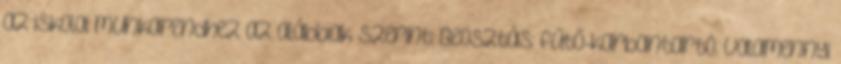
az iskolai munkarendhez az alábbiak szerint: Beosztás: fűtő-karbantartó. Valamennyi